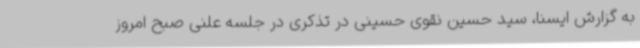
به گزارش ایسنا، سید حسین نقوی حسینی در تذکری در جلسه علنی صبح امروز